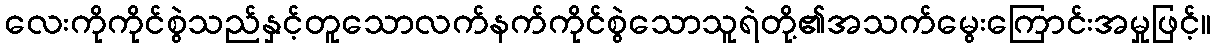
လေးကိုကိုင်စွဲသည်နှင့်တူသောလက်နက်ကိုင်စွဲသောသူရဲတို့၏အသက်မွေးကြောင်းအမှုဖြင့်။